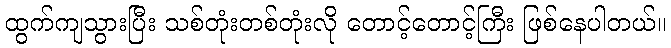
ထွက်ကျသွားပြီး သစ်တုံးတစ်တုံးလို တောင့်တောင့်ကြီး ဖြစ်နေပါတယ်။